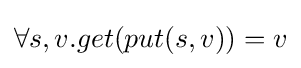
\forall s,v.get(put(s,v))=v